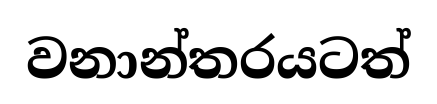
වනාන්තරයටත්